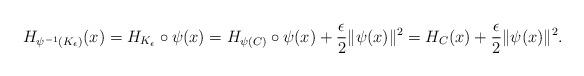
LaTeX: \begin{align*}H_{\psi^{-1}(K_{\epsilon})} (x) = H_{K_{\epsilon}} \circ \psi (x) = H_{\psi(C)} \circ \psi (x) + \frac{\epsilon}{2} \|\psi(x)\|^2 = H_C(x) + \frac{\epsilon}{2} \|\psi(x)\|^2.\end{align*}